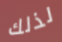
لذلك